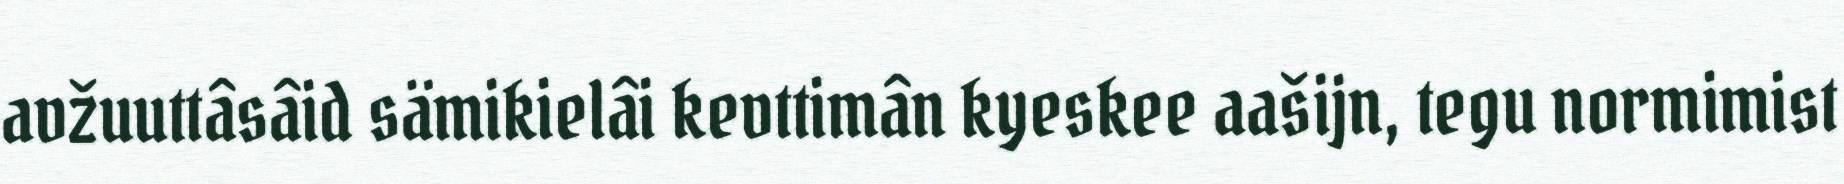
avžuuttâsâid sämikielâi kevttimân kyeskee aašijn, tegu normimist